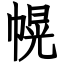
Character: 幌